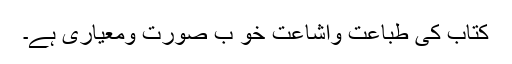
کتاب کی طباعت واشاعت خو ب صورت ومعیاری ہے۔